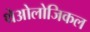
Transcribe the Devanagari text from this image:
थेओलोजिकल